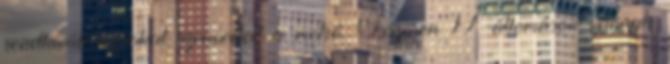
rendkívüli károkat szenvedett a metró. Összesen 17 állomáson vannak